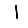
Digit: 1